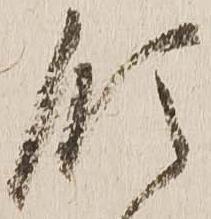
領